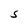
Character: 5